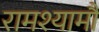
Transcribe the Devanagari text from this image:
रामश्यामौ